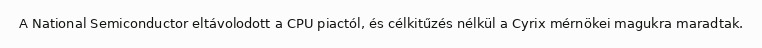
A National Semiconductor eltávolodott a CPU piactól, és célkitűzés nélkül a Cyrix mérnökei magukra maradtak.